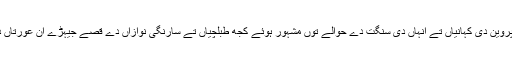
استاد عاشق علی خان دا ذکر، فریدہ خانم تے زاہدہ پروین دی کہانیاں تے انہاں دی سنگت دے حوالے توں مشہور ہوئے کجھ طبلچیاں تے سارنگی نوازاں دے قصے جیہڑے ان عورتاں دے یک طرفہ عشق پاروں ہور اولڑے جاپدے سن۔